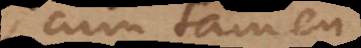
cum tamen